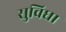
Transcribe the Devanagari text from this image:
सुविधा